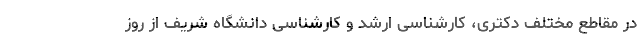
در مقاطع مختلف دکتری، کارشناسی ارشد و کارشناسی دانشگاه شریف از روز